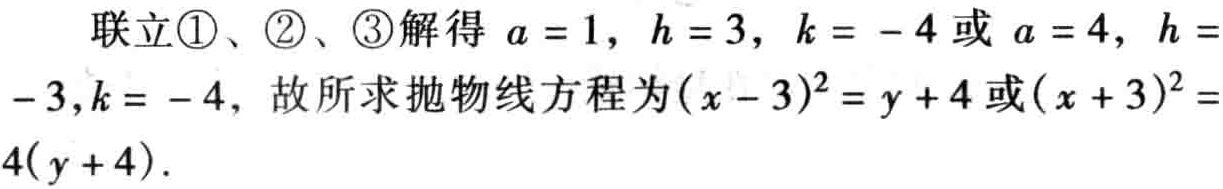
联立\textcircled{1}、\textcircled{2}、\textcircled{3}解得 \(a = 1,\ h = 3,\ k = - 4\) 或 \(a = 4,\ h =\) \(- 3,k = - 4\)，故所求抛物线方程为\((x - 3)^{2} = y + 4\)或\((x + 3)^{2} =\) \(4(y + 4)\)．